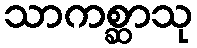
သာကစ္ဆာသု